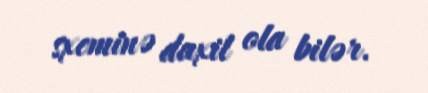
sxeminə daxil ola bilər.